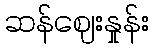
ဆန်ဈေးနှုန်း